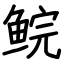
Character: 鲩